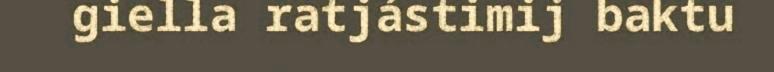
giella ratjástimij baktu